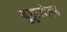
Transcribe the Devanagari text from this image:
बुड्ढाजोहड़